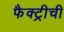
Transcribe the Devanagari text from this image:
फैक्ट्रीची